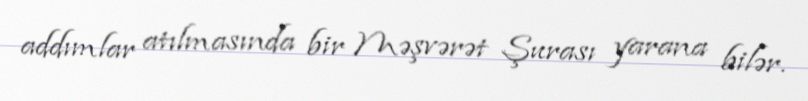
addımlar atılmasında bir Məşvərət Şurası yarana bilər.